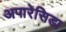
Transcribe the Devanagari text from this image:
अपारेसिडा